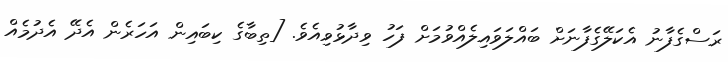
ރަސްގެފާނު އެކަލޭގެފާނަށް ބައްލަވައިލެއްވުމަށް ފަހު ވިދާޅުވިއެވެ. [ތިބާގެ ކިބައިން އަހަރެން އެދޭ އެދުމެއް